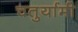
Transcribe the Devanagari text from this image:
चतुर्यामी